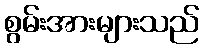
စွမ်းအားများသည်